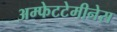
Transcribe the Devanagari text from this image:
अम्फेटटेमीनेस